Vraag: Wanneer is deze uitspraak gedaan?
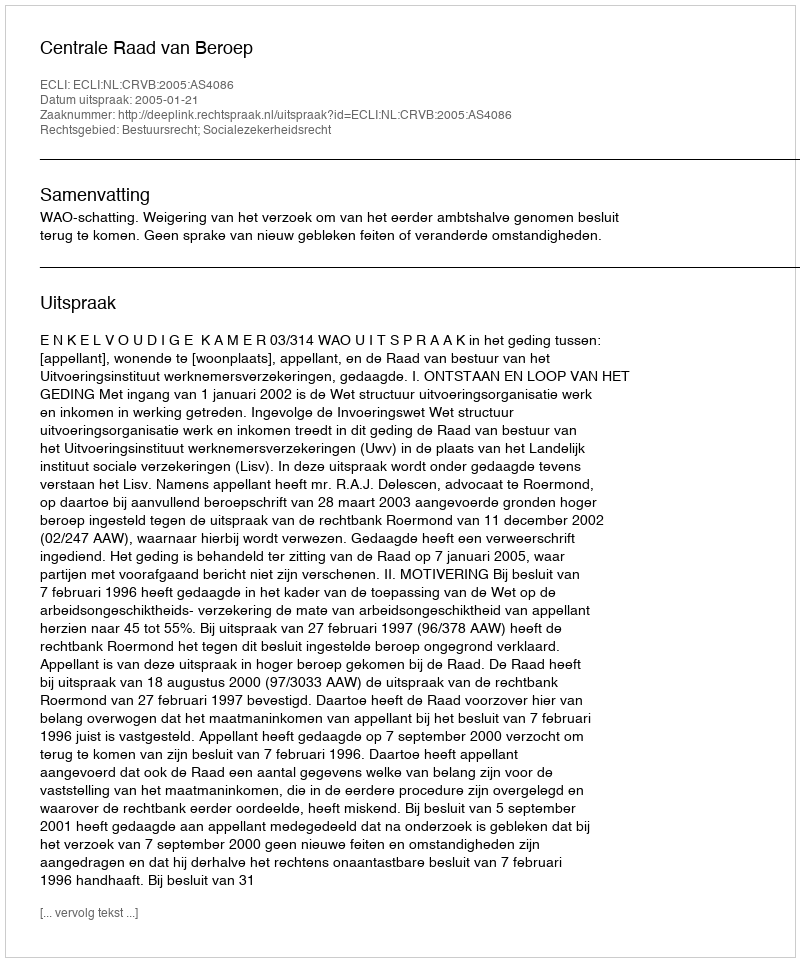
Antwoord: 2005-01-21